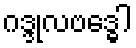
ဂဒ္ဒုလဗဒ္ဓေါ